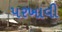
પરખાવી